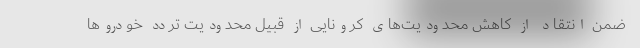
ضمن انتقاد از کاهش محدودیت‌های کرونایی از قبیل محدودیت تردد خودروها